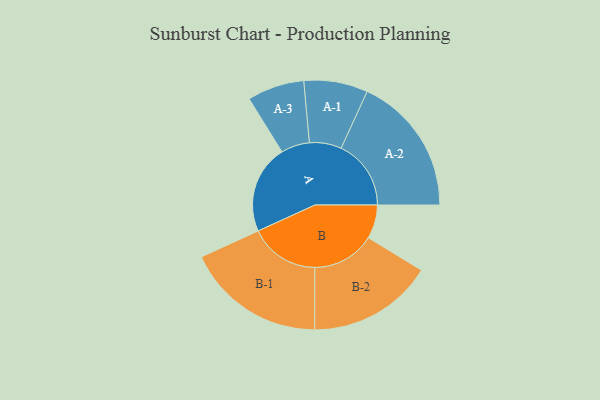
{"axis": {"x": "Segment", "y": "Value"}, "legend": ["", "A", "B"], "data": [{"x": "A", "y": 310, "type": ""}, {"x": "B", "y": 118, "type": ""}, {"x": "A-1", "y": 112, "type": "A"}, {"x": "A-2", "y": 245, "type": "A"}, {"x": "A-3", "y": 100, "type": "A"}, {"x": "B-1", "y": 245, "type": "B"}, {"x": "B-2", "y": 220, "type": "B"}]}